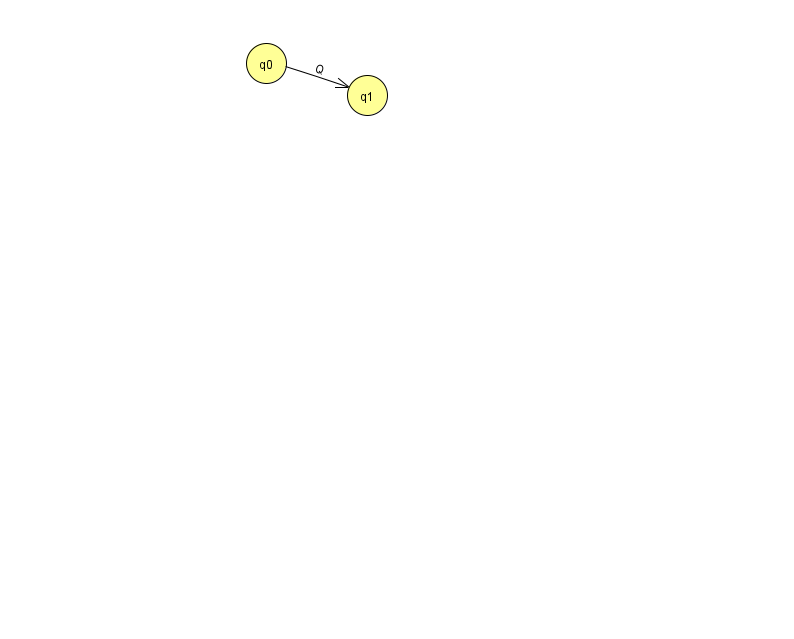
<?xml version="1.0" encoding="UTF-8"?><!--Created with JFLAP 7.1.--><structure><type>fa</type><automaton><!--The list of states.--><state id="0" name="q0"><x>266.0</x><y>50.0</y></state><state id="1" name="q1"><x>367.0</x><y>82.0</y></state><state id="2" name="q2"><x>342.0</x><y>648.0</y><final/></state><state id="3" name="q3"><x>230.0</x><y>651.0</y><initial/></state><!--The list of transitions.--><transition><from>0</from><to>1</to><read>Q</read></transition><transition><from>3</from><to>2</to><read>p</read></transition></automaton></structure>